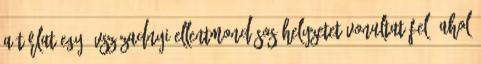
A tárlat egy évszázadnyi ellentmondásos helyzetet vonultat fel, ahol